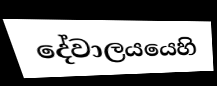
දේවාලයයෙහි